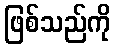
ဖြစ်သည်ကို